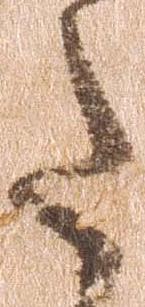
た